Indian journal of veterinary science and animal husbandry - Volume 12,
Year: 1942
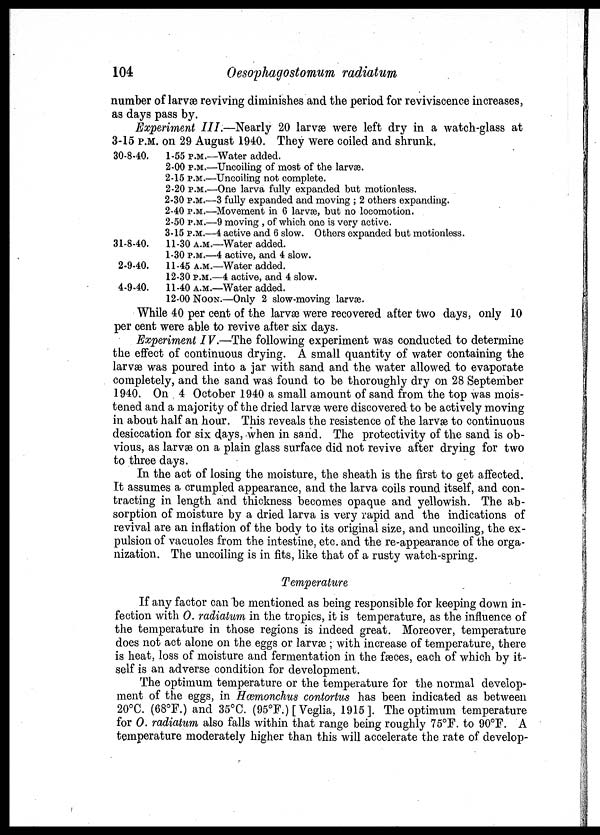
104
Oesophagostomum radiatum
number of larvæ reviving diminishes and the period for reviviscence increases,
as days pass by.
Experiment III.—Nearly 20 larvæ were left dry in a watch-glass at
3-15 P.M. on 29 August 1940. They were coiled and shrunk.
30-8-40.
31-8-40.
2-9-40.
4-9-40.
1-55 P.M.—
2-00 P.M.—
2-15 P.M.—
2-20 P.M.—
2-30 P.M.—
2-40 P.M.—
2-50 P.M.—
3-15 P.M.—
11-30 A.M.—
1-30 P.M.—
11-45 A.M.—
12-30 P.M.—
11-40 A.M.—
12-00 NOON—
Water added.
Uncoiling of most of the larvæ.
Uncoiling not complete.
One larva fully expanded but motionless.
3 fully expanded and moving ; 2 others expanding.
Movement in 6 larvæ, but no locomotion.
9 moving , of which one is very active.
4 active and 6 slow. Others expanded but motionless.
Water added.
4 active, and 4 slow.
Water added.
4 active, and 4 slow.
Water added.
Only 2 slow-moving larvæ.
While 40 per cent of the larvæ were recovered after two days, only 10
per cent were able to revive after six days.
Experiment IV.—The following experiment was conducted to determine
the effect of continuous drying. A small quantity of water containing the
larvæ was poured into a jar with sand and the water allowed to evaporate
completely, and the sand was found to be thoroughly dry on 28 September
1940. On 4 October 1940 a small amount of sand from the top was mois-
tened and a majority of the dried larvæ were discovered to be actively moving
in about half an hour. This reveals the resistence of the larvæ to continuous
desiccation for six days, when in sand. The protectivity of the sand is ob-
vious, as larvæ on a plain glass surface did not revive after drying for two
to three days.
In the act of losing the moisture, the sheath is the first to get affected.
It assumes a crumpled appearance, and the larva coils round itself, and con-
tracting in length and thickness becomes opaque and yellowish. The ab-
sorption of moisture by a dried larva is very rapid and the indications of
revival are an inflation of the body to its original size, and uncoiling, the ex-
pulsion of vacuoles from the intestine, etc. and the re-appearance of the orga-
nization. The uncoiling is in fits, like that of a rusty watch-spring.
Temperature
If any factor can be mentioned as being responsible for keeping down in-
fection with O. radiatum in the tropics, it is temperature, as the influence of
the temperature in those regions is indeed great. Moreover, temperature
does not act alone on the eggs or larvæ ; with increase of temperature, there
is heat, loss of moisture and fermentation in the fæces, each of which by it-
self is an adverse condition for development.
The optimum temperature or the temperature for the normal develop-
ment of the eggs, in Hæmonchus contortus has been indicated as between
20°C. (68°F.) and 35°C. (95°F.) [ Veglia, 1915]. The optimum temperature
for O. radiatum also falls within that range being roughly 75°F. to 90°F. A
temperature moderately higher than this will accelerate the rate of develop-